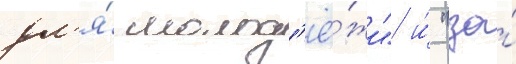
дл'я́ молод'ё́жи" и́ "за́